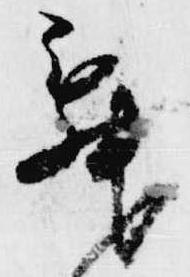
舞